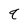
Character: q